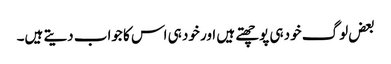
بعض لوگ خود ہی پوچھتے ہیں اور خود ہی اس کا جواب دیتے ہیں۔